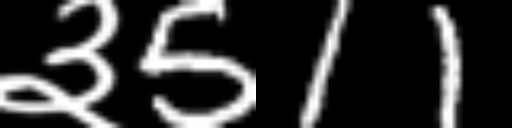
Text: ३511